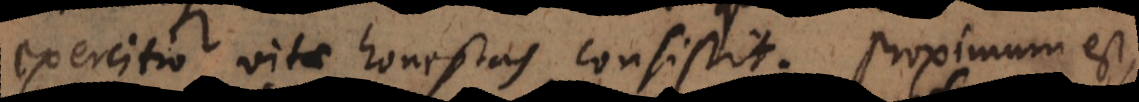
exercitio vitae honestas consistit. Proximum est,